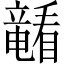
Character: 𪿁